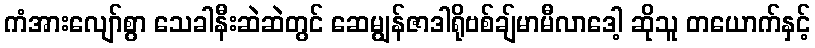
ကံအားလျော်စွာ သေခါနီးဆဲဆဲတွင် ဆေမျွန်ဇာဒါရိုဗစ်ချ်မာမီလာဒေါ့ ဆိုသူ တယောက်နှင့်